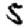
Digit: 5